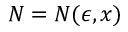
N = N ( \epsilon , x )